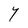
Character: Y